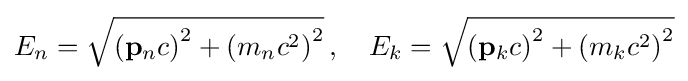
E_{n}={\sqrt {\left(\mathbf {p} _{n}c\right)^{2}+\left(m_{n}c^{2}\right)^{2}}}\,,\quad E_{k}={\sqrt {\left(\mathbf {p} _{k}c\right)^{2}+\left(m_{k}c^{2}\right)^{2}}}